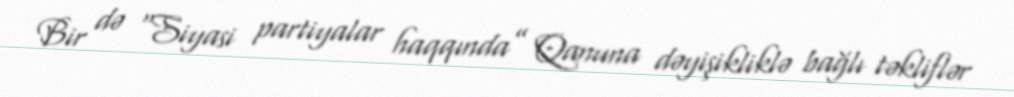
Bir də “Siyasi partiyalar haqqında” Qanuna dəyişikliklə bağlı təkliflər